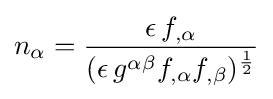
n_{\alpha }={\epsilon {\,}f_{,\alpha } \over (\epsilon {\,}g^{\alpha \beta }f_{,\alpha }f_{,\beta })^{1 \over 2}}